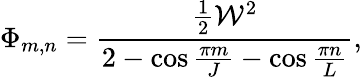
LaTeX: \Phi_{m,n}=\frac{\frac{1}{2}\mathcal{W}^{2}}{2-\cos\frac{\pi m}{J}-\cos\frac{\pi n}{L}},